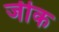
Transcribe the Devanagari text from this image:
जीक